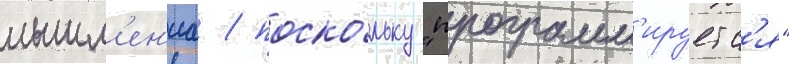
мышл'ен'иа / поско́льку "программ'ируетс'я"